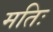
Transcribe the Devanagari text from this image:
मतिः